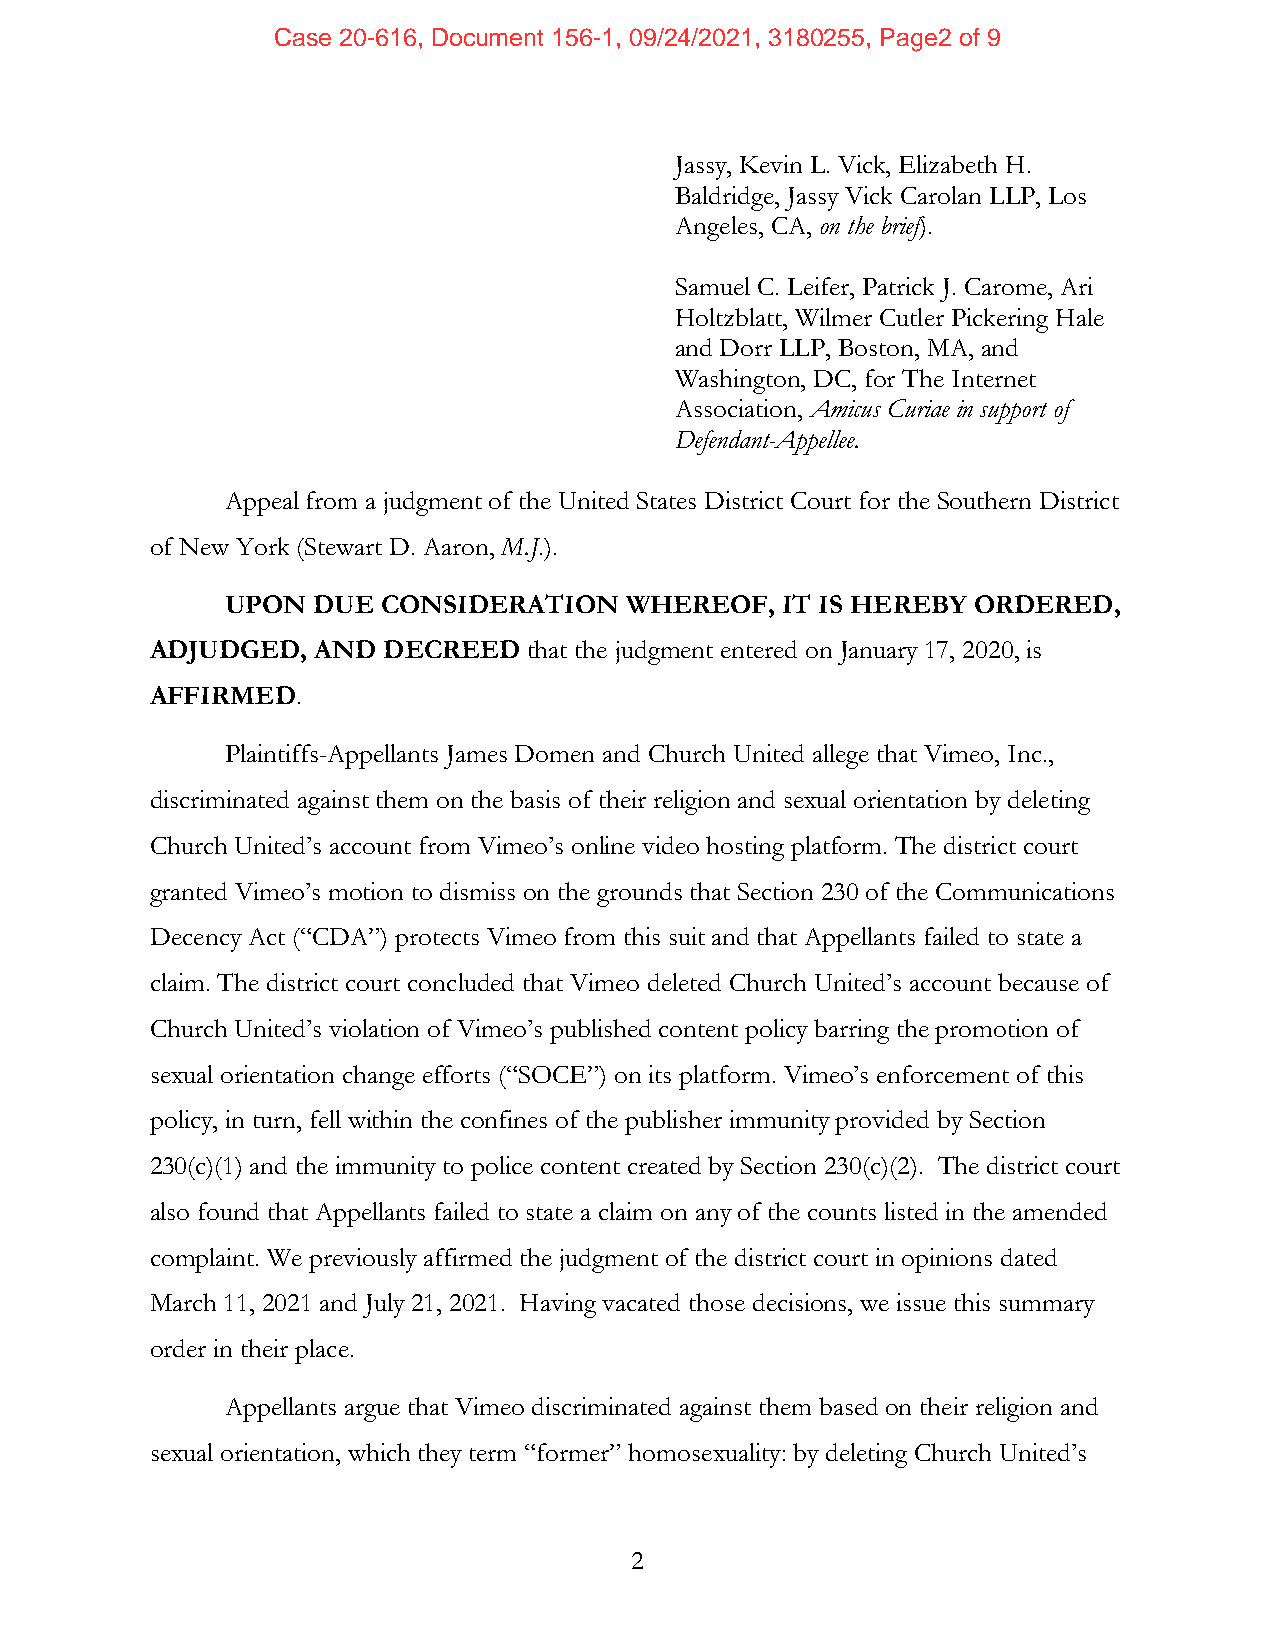
Case 20-616, Document 156-1, 09/24/2021, 3180255, Page2 of 9
 Jassy, Kevin L. Vick, Elizabeth H.
 Baldridge, Jassy Vick Carolan LLP, Los
 Angeles, CA, on the brief).
 Samuel C. Leifer, Patrick J. Carome, Ari
 Holtzblatt, Wilmer Cutler Pickering Hale
 and Dorr LLP, Boston, MA, and
 Washington, DC, for The Internet
 Association, Amicus Curiae in support of
 Defendant-Appellee.
 Appeal from a judgment of the United States District Court for the Southern District
 of New York (Stewart D. Aaron, M.J.).
 UPON  DUE CONSIDERATION   WHEREOF,   IT IS HEREBY ORDERED,
 ADJUDGED,  AND DECREED   that the judgment entered on January 17, 2020, is
 AFFIRMED.
 Plaintiffs-Appellants James Domen and Church United allege that Vimeo, Inc.,
 discriminated against them on the basis of their religion and sexual orientation by deleting
 Church United’s account from Vimeo’s online video hosting platform. The district court
 granted Vimeo’s motion to dismiss on the grounds that Section 230 of the Communications
 Decency Act (“CDA”) protects Vimeo from this suit and that Appellants failed to state a
 claim. The district court concluded that Vimeo deleted Church United’s account because of
 Church United’s violation of Vimeo’s published content policy barring the promotion of
 sexual orientation change efforts (“SOCE”) on its platform. Vimeo’s enforcement of this
 policy, in turn, fell within the confines of the publisher immunity provided by Section
 230(c)(1) and the immunity to police content created by Section 230(c)(2). The district court
 also found that Appellants failed to state a claim on any of the counts listed in the amended
 complaint. We previously affirmed the judgment of the district court in opinions dated
 March 11, 2021 and July 21, 2021. Having vacated those decisions, we issue this summary
 order in their place.
 Appellants argue that Vimeo discriminated against them based on their religion and
 sexual orientation, which they term “former” homosexuality: by deleting Church United’s
 2